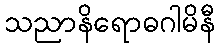
သညာနိရောဓဂါမိနီ